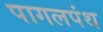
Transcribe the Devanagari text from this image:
पागलपंथ